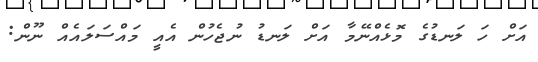
އަށް ހަ ލަނޑުގެ މޮޅެއްނޭމާ އަށް ލަނޑު ނުޖެހުން އެއީ މައްސަލައެއް ނޫން: